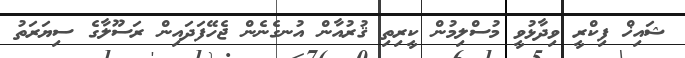
ޝައިޚް ފިކްރީ ވިދާޅުވީ މުސްލިމުން ކީރިތި ޤުރުއާން އުނގެނެން ޖެހޭފަދައިން ރަސޫލާގެ ސިޔަރަތު